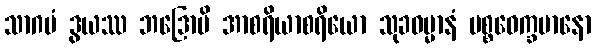
သာဂမံ ဒွယဿ ဘဒြောပိ အာစရိယာစရိယော သုခဓမ္မာနံ ပစ္စဝေက္ခမာနော